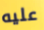
عليه